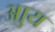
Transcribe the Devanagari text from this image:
आुय